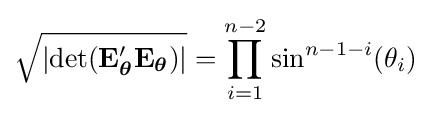
{\sqrt {\left|\operatorname {det} (\mathbf {E} _{\boldsymbol {\theta }}'\mathbf {E} _{\boldsymbol {\theta }})\right|}}=\prod _{i=1}^{n-2}\sin ^{n-1-i}(\theta _{i})